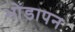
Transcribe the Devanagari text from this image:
भोंडापन